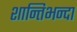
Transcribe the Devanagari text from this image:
शान्तिभन्दा